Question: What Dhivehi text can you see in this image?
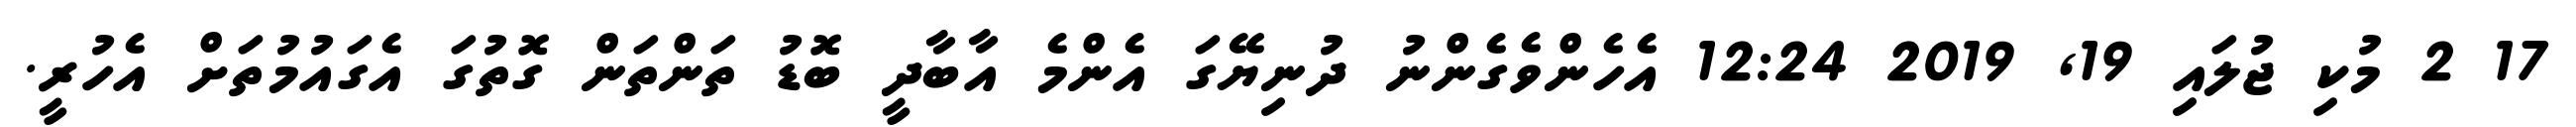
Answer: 17 2 މުކި ޖުލައި 19, 2019 12:24 އެހެންވެގެންނު ދުނިޔޭގަ އެންމެ އާބާދީ ބޮޑު ތަންތަން ގޮތުގަ އެގައުމުތަށް އެހުރީ.